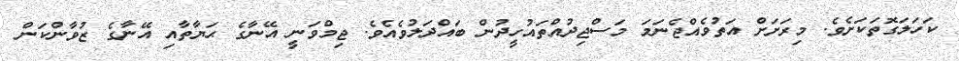
ކަހަލަގޮތަކަށެވެ. މިރަށަށް އަތުވެއްޖެނަމަ މަސްޖިދުއްތައުހީދުން ބައްދަލުވެއެވެ. ޖިމްވަނީ އޭނާގެ ޙަޔާތާއި އޭނާގެ ޒުވާންކަން